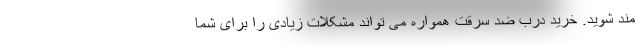
مند شوید. خرید درب ضد سرقت همواره می تواند مشکلات زیادی را برای شما